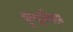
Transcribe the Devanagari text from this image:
दुष्कृतिहा